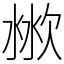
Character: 𣶙